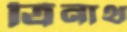
ত্রিনাথ